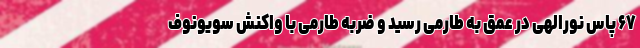
۶۷ پاس نورالهی در عمق به طارمی رسید و ضربه طارمی با واکنش سویونوف